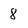
Character: 8